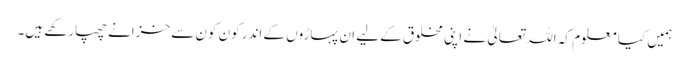
ہمیں کیا معلوم کہ اللہ تعالیٰ نے اپنی مخلوق کے لیے ان پہاڑوں کے اندر کون کون سے خزانے چھپارکھے ہیں۔